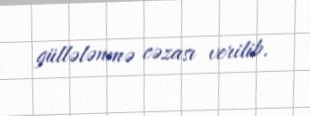
güllələnmə cəzası verilib.